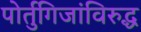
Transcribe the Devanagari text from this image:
पोर्तुगिजांविरुद्ध